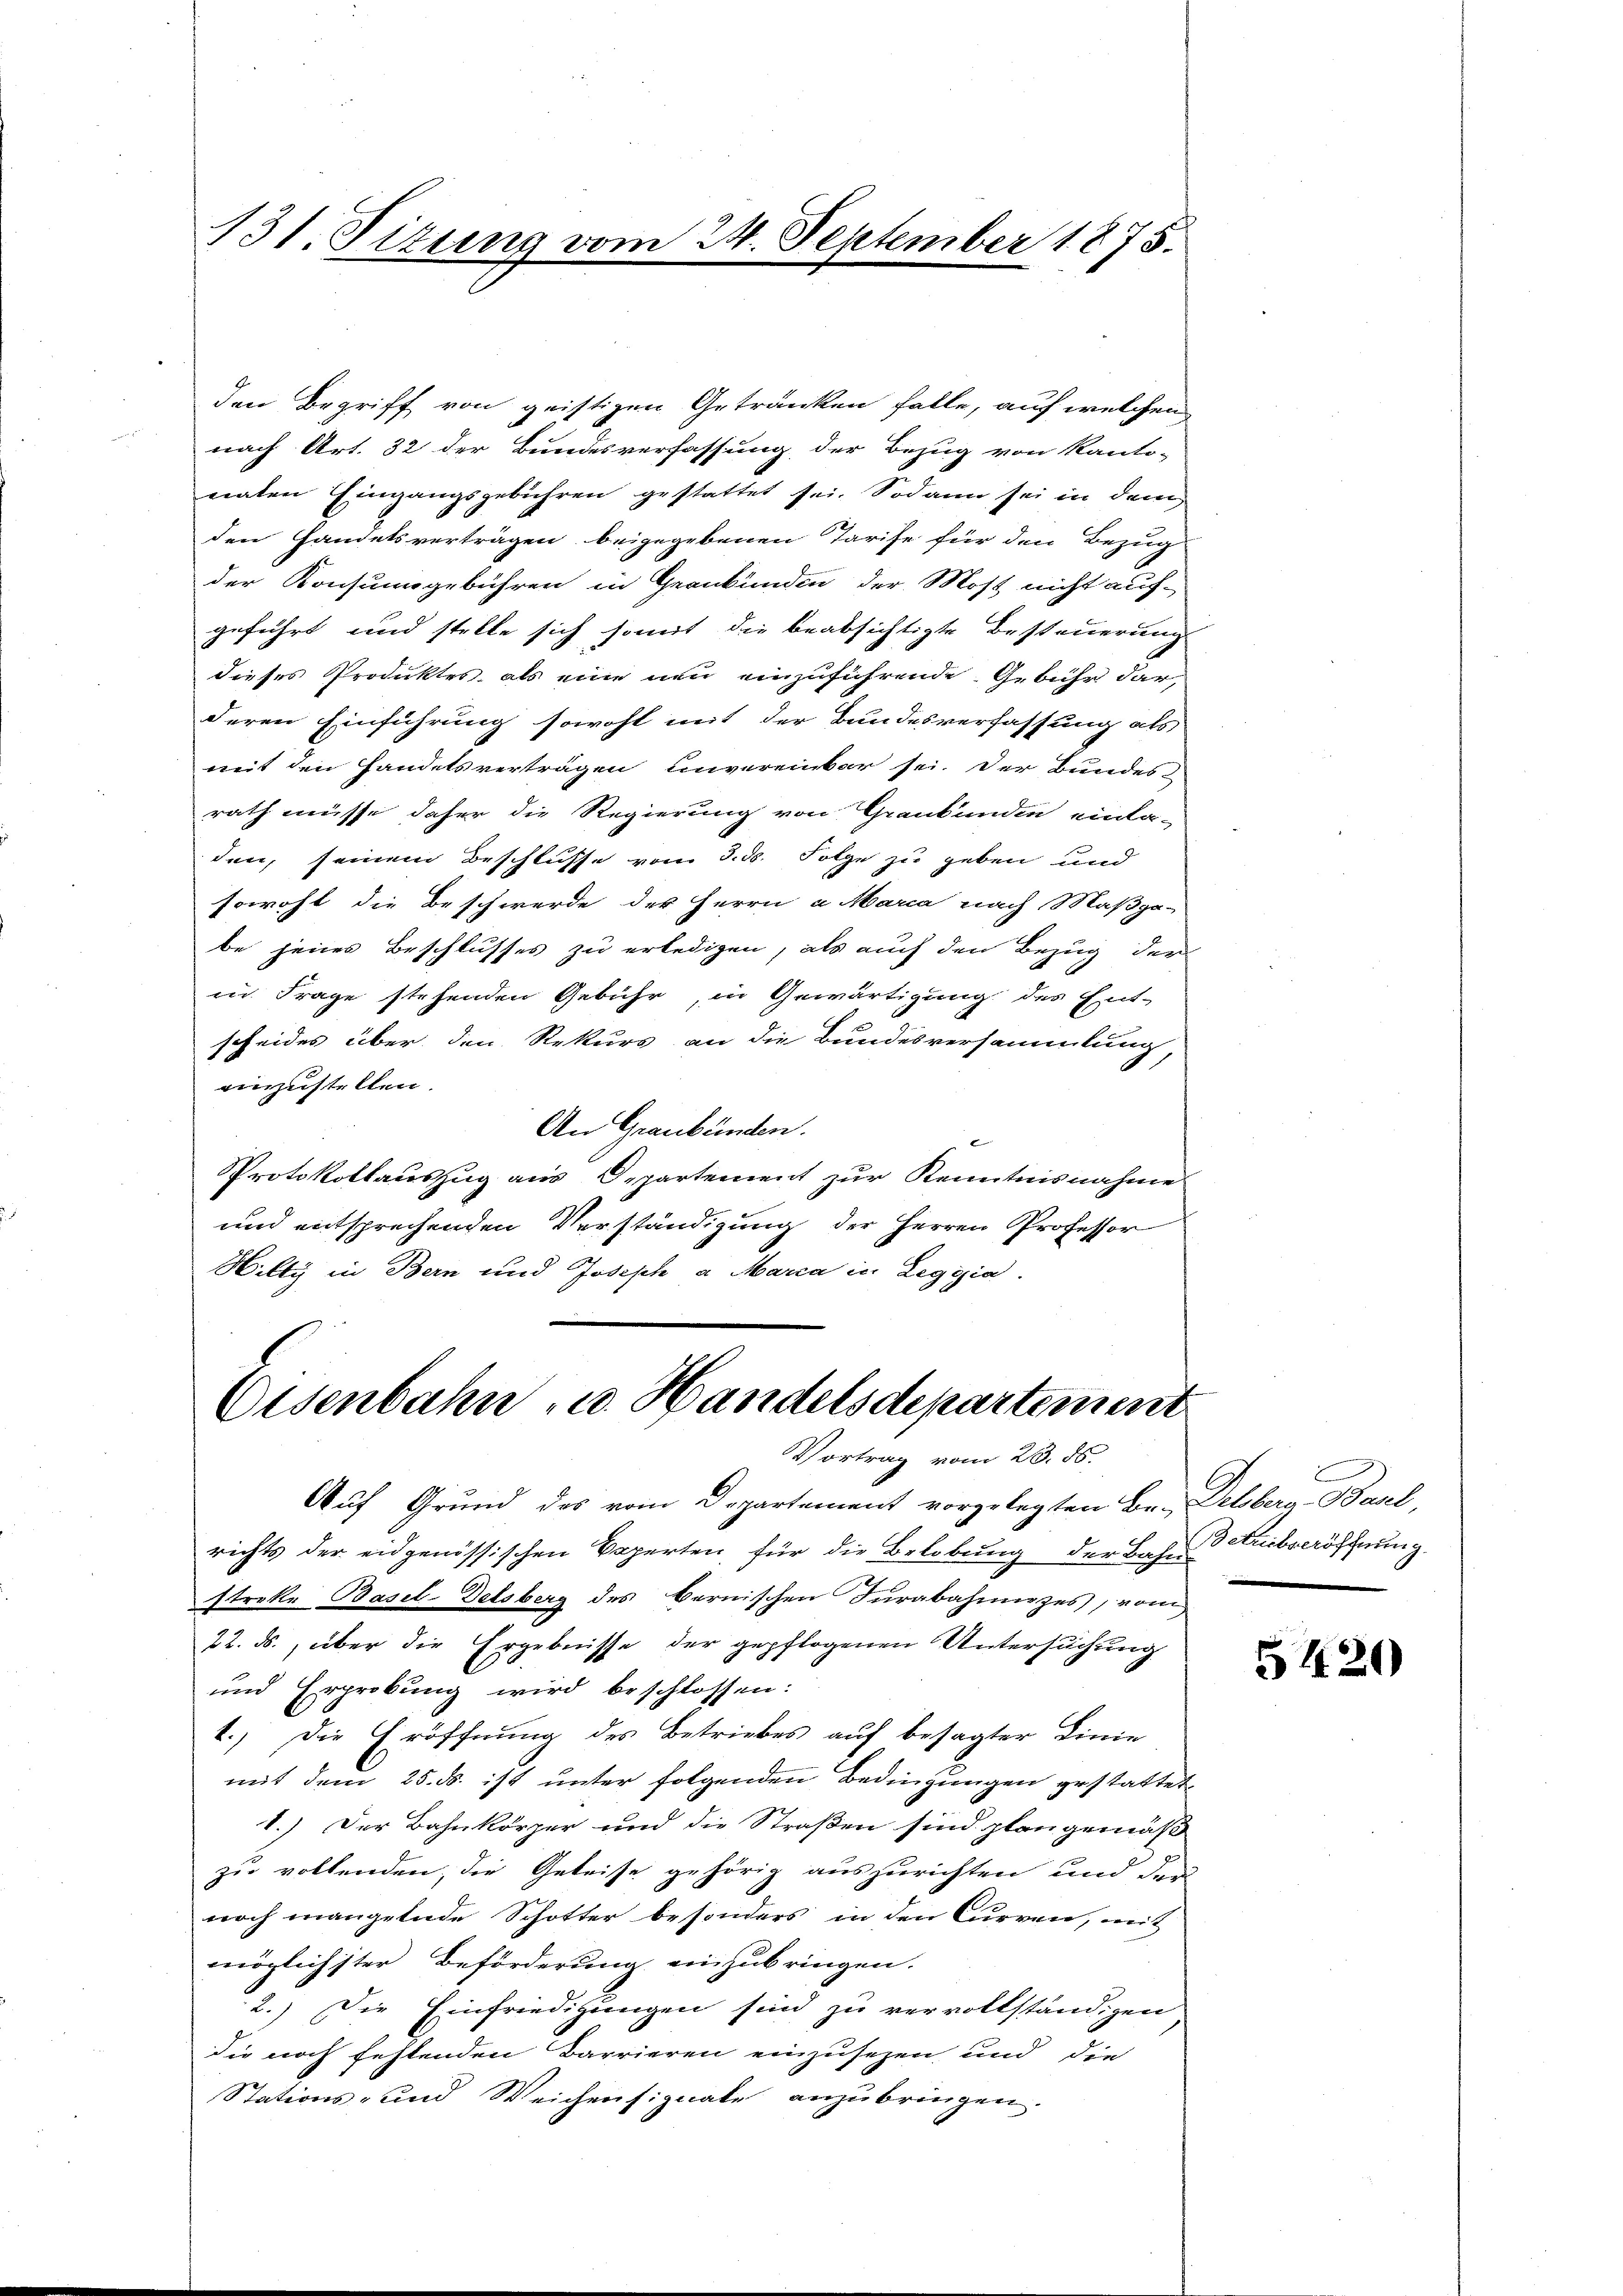
131. Situng vom 24. September 1875.

den Begriff von geistigen Getränken falle, auf welchen
nach Art. 32 der Bundesverfassung der Bezug von Kanto-
naten Eingangsgebühren gestattet sei. Sodann sei in dem
den Handelsverträgen beigegebenen Tarife für den Bezug
der Konsumgebühren in Grankunden der Most nicht auf-
geführt und stelle sich somit die beabsichtigte Besteuerung
dieses Produktes, als eine um einzuführende Gebühr dar,
deren Einführung sowohl mit der Bundesverfassung als
weit den Handelsverträgen unvereinbar sei. Der Bundesrath müsse daher die Regierung von Graubünden einla-
den, seinem Beschlusse vom 3. ds. Folge zu geben und
sowohl die Beschwerde der Herrn und Maria nach Maßga-
be jenes Beschlusses zu erledigen, als auch den Bezug der
in Frage stehenden Gebühr, in Gewärtigung des Ent-
scheides über den Rekurs an die Bundesversammlung
einzustellen.
An Graubünden.
Protokollauszug aus Departement zur Kenntnisnahme
und entsprechenden Verständigung der Herren Professor
Hilty in Bern und Joseph a Marca in Leggia.

Eisenbahn u. Handelsdepartement
Vortrag vom 28. 85.

Auf Grund des vom Departement vorgelegten Br.- Delsberg - Paul,
richts der eidgenössischen Beperten für die Belobung der Bahn Reitseröffnung
streke Basel-Delsberg des bernischen Iurabahmizes, vom
22. ds., über die Ergebnisse der gepflogenen Untersuchung
und Erprokung wird beschlossen:
1.) Die Eröffnung des Betriebes auf besagter Linie
mit dem 25. ds. ist unter folgenden Bedingungen gestattete
1.) Der Bahnkörper und die Straßen sind plan gemäß
zu vollenden, die Geleise gehörig auszurichten und der
noch mangelnde Schotter besonders in den Curren, mit
möglichster Beförderung einzubringen.
2.) Die Einfriedigungen sind zu vervollständigen
die noch festenden Barrieren einzusezen und die
Stations- und Weichensignate anzubringen.

5420